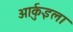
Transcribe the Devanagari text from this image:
आर्कुइला